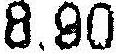
8.90